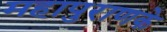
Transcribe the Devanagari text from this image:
महापुराणके